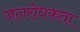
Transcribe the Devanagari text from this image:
जलरोधकता